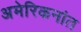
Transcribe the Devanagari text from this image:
अमेरिकनांत